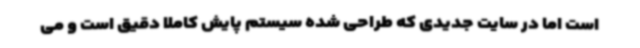
است اما در سایت جدیدی که طراحی شده سیستم پایش کاملا دقیق است و می